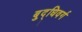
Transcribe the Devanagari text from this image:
बुद्धिवर्ग